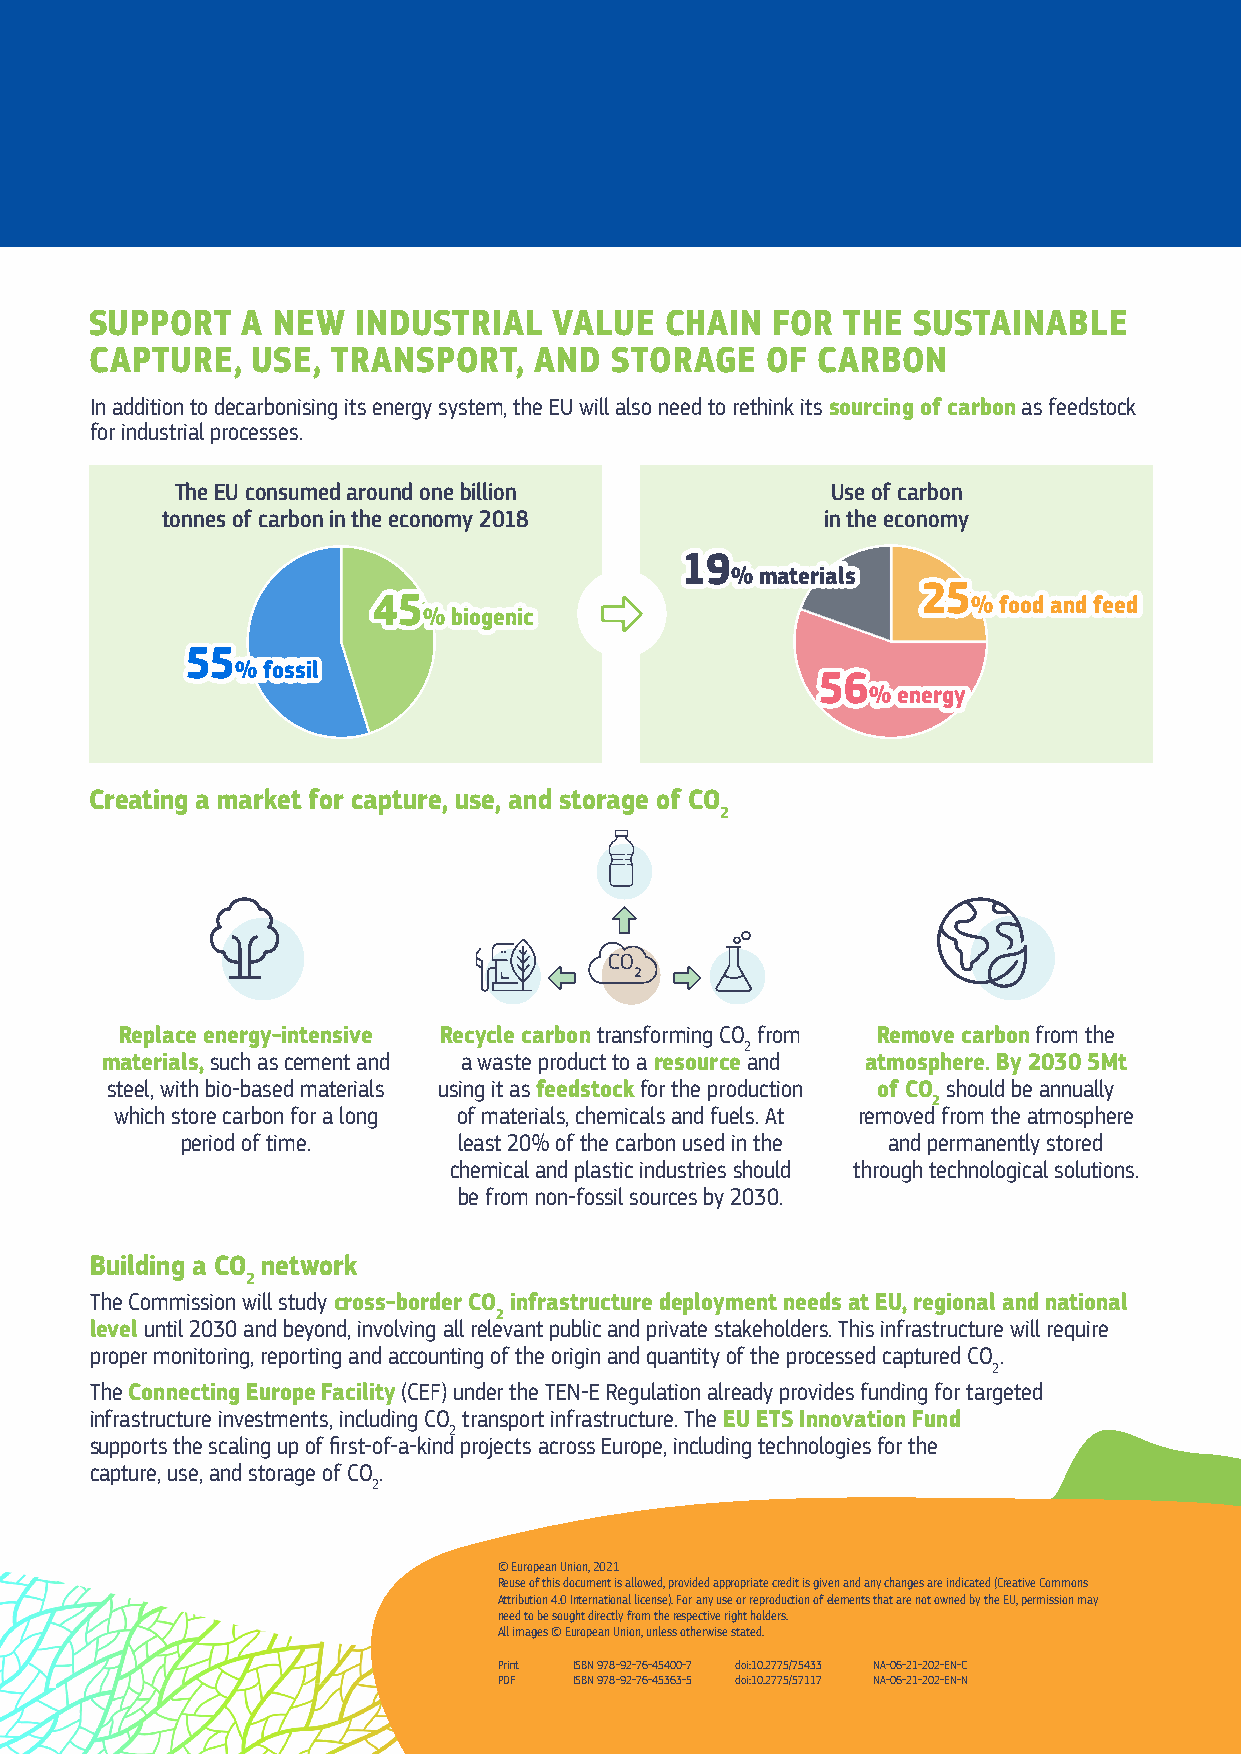
SUPPORT   A NEW  INDUSTRIAL    VALUE  CHAIN  FOR  THE SUSTAINABLE
 CAPTURE,   USE, TRANSPORT,   AND  STORAGE    OF CARBON
 In addition to decarbonising its energy system, the EU will also need to rethink its sourcing of carbon as feedstock
 for industrial processes.
 The EU consumed around one billion         Use of carbon
 tonnes of carbon in the economy 2018        in the economy
 111999
 %%% mmmaaattteeerrriiiaaalllsss
 2255
 4455                                   %% ffoooodd aanndd ffeeeedd
 %% bbiiooggeenniicc
 5555
 %% FfOosSsSiIl
 5566
 %% eenneerrggyy
 Creating a market for capture, use, and storage of CO
 2
 Replace energy-intensive Recycle carbon transforming CO from Remove carbon from the
 2
 materials, such as cement and a waste product to a resource and atmosphere. By 2030 5Mt
 steel, with bio-based materials using it as feedstock for the production of CO should be annually
 2
 which store carbon for a long of materials, chemicals and fuels. At removed from the atmosphere
 period of time.   least 20% of the carbon used in the and permanently stored
 chemical and plastic industries should through technological solutions.
 be from non-fossil sources by 2030.
 Building a CO network
 2
 The Commission will study cross-border CO infrastructure deployment needs at EU, regional and national
 2
 level until 2030 and beyond, involving all relevant public and private stakeholders. This infrastructure will require
 proper monitoring, reporting and accounting of the origin and quantity of the processed captured CO .
 2
 The Connecting Europe Facility (CEF) under the TEN-E Regulation already provides funding for targeted
 infrastructure investments, including CO transport infrastructure. The EU ETS Innovation Fund
 2
 supports the scaling up of first-of-a-kind projects across Europe, including technologies for the
 capture, use, and storage of CO .
 2
 © European Union, 2021
 Reuse of this document is allowed, provided appropriate credit is given and any changes are indicated (Creative Commons
 Attribution 4.0 International license). For any use or reproduction of elements that are not owned by the EU, permission may
 need to be sought directly from the respective right holders.
 All images © European Union, unless otherwise stated.
 Print ISBN 978-92-76-45400-7 doi:10.2775/75433 NA-06-21-202-EN-C
 PDF  ISBN 978-92-76-45363-5 doi:10.2775/57117 NA-06-21-202-EN-N